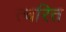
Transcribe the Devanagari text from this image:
त्चरित